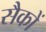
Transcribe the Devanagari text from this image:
सैकों